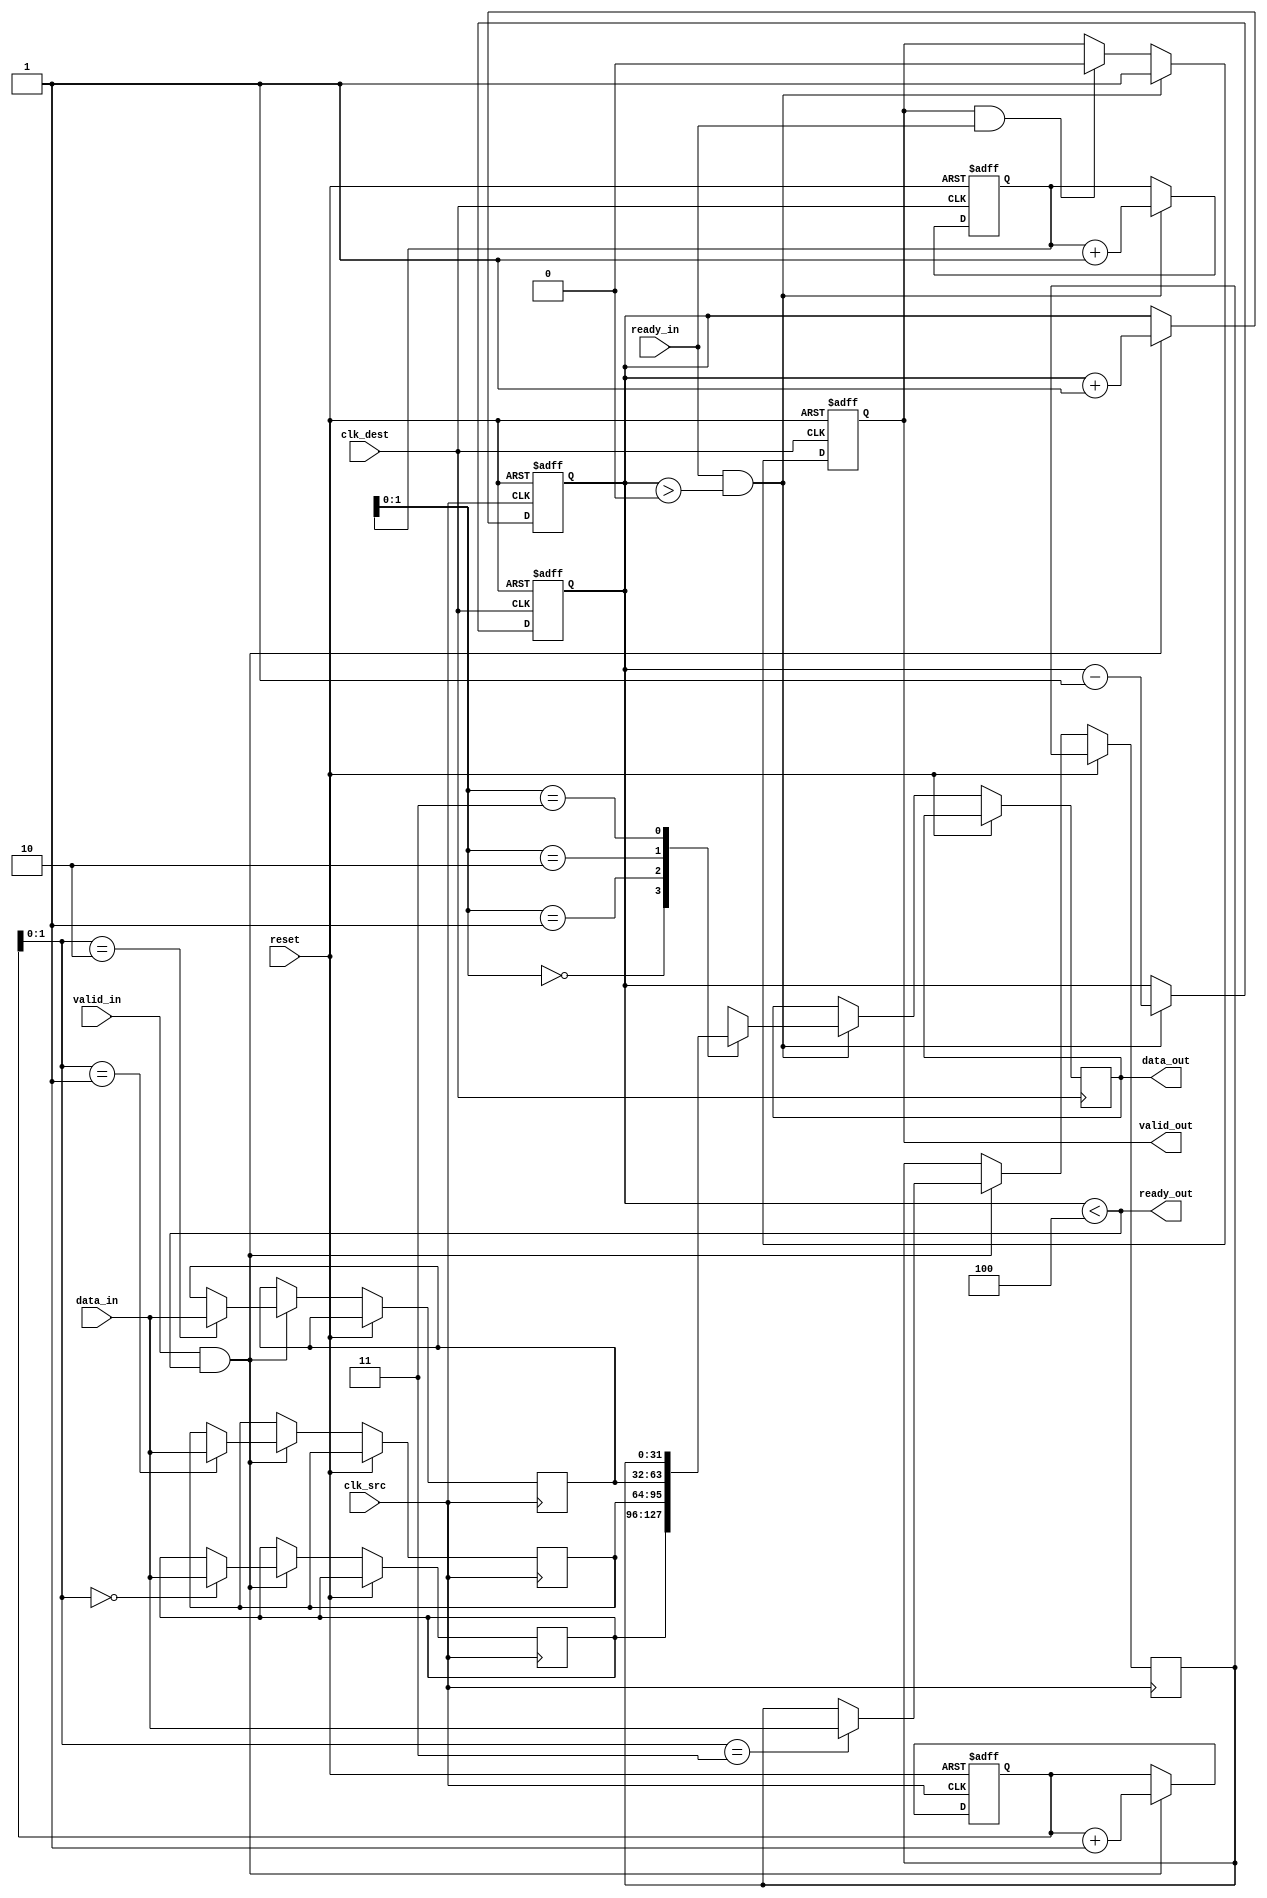
module memory_blocks_pipeline_synchronizer #(
    parameter DATA_WIDTH = 32,   // Width of the data bus
    parameter FIFO_DEPTH = 4      // Depth of the FIFO buffer
)(
    input wire clk_src,           // Source clock
    input wire clk_dest,          // Destination clock
    input wire reset,             // Asynchronous reset
    input wire [DATA_WIDTH-1:0] data_in, // Input data from source memory block
    input wire valid_in,          // Valid signal from source
    output wire ready_out,        // Ready signal to source
    output reg [DATA_WIDTH-1:0] data_out, // Output data to destination memory block
    output reg valid_out,         // Valid signal to destination
    input wire ready_in           // Ready signal from destination
);

// FIFO buffer signals
reg [DATA_WIDTH-1:0] fifo_mem [0:FIFO_DEPTH-1];
reg [2:0] write_ptr = 0; // Write pointer
reg [2:0] read_ptr  = 0; // Read pointer
reg [2:0] fifo_count = 0; // FIFO counter

// Handshaking signals
assign ready_out = (fifo_count < FIFO_DEPTH); // Producer is ready if FIFO is not full

// Write logic for FIFO on source clock
always @(posedge clk_src or posedge reset) begin
    if (reset) begin
        write_ptr <= 0;
        fifo_count <= 0;
    end else if (valid_in && ready_out) begin
        fifo_mem[write_ptr] <= data_in;
        write_ptr <= write_ptr + 1;
        fifo_count <= fifo_count + 1;
    end
end

// Read logic for FIFO on destination clock
always @(posedge clk_dest or posedge reset) begin
    if (reset) begin
        read_ptr <= 0;
        fifo_count <= 0;
        valid_out <= 0;
    end else if (ready_in && (fifo_count > 0)) begin
        data_out <= fifo_mem[read_ptr];
        valid_out <= 1; // Indicate valid data is available
        read_ptr <= read_ptr + 1;
        fifo_count <= fifo_count - 1;
    end else if (valid_out && ready_in) begin
        valid_out <= 0; // De-assert valid signal if data is consumed
    end
end

endmodule